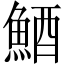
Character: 鯂